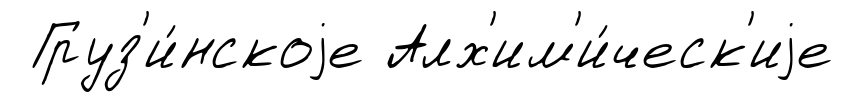
Груз'и́нскоjе Алх'им'и́ческ'иjе